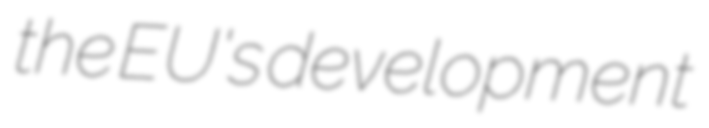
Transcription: the EU's development